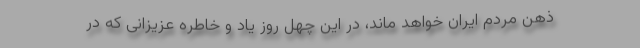
ذهن مردم ایران خواهد ماند، در این چهل روز یاد و خاطره عزیزانی که در